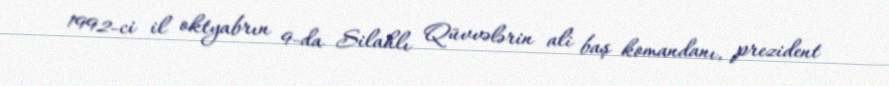
1992-ci il oktyabrın 9-da Silahlı Qüvvələrin ali baş komandanı, prezident